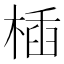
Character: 㮑